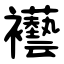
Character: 襼